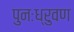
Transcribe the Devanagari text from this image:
पुनःध्रुवण